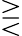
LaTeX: \gtreqless